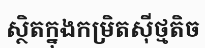
ស្ថិតក្នុងកម្រិតស៊ីថ្មតិច